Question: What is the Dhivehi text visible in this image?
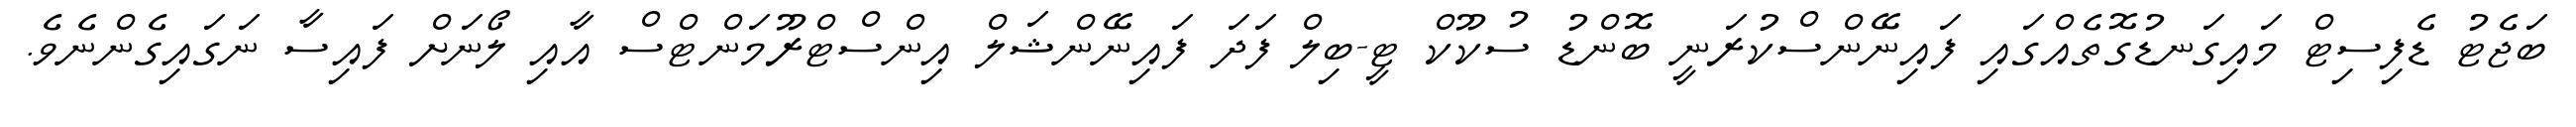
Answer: ބަޖެޓު ޑެފިސިޓް މައިގަނޑުގޮތެއްގައި ފައިނޭންސްކުރަނީ ބޮންޑު ސުކޫކް ޓީ-ބިލް ފަދަ ފައިނޭންޝަލް އިންސްޓްރޫމަންޓްސް އާއި ލޯނަށް ފައިސާ ނަގައިގެންނެވެ.